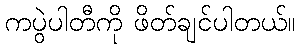
ကပွဲပါတီကို ဖိတ်ချင်ပါတယ်။